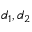
d _ { 1 } , d _ { 2 }